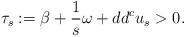
LaTeX: \begin{align*}\tau_s:= \beta + \frac{1}{s} \omega + dd^c u_s >0.\end{align*}